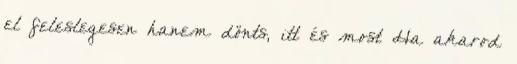
el feleslegesen hanem dönts, itt és most Ha akarod